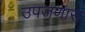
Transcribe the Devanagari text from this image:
उपजणारा